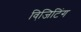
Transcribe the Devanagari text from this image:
विजि़टिंग